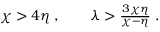
\begin{array} { r } { \chi > 4 \eta \; , \qquad \lambda > \frac { 3 \chi \eta } { \chi - \eta } \; . } \end{array}